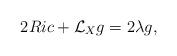
LaTeX: \begin{align*}{2Ric+\mathcal{L}_{X} g=2\lambda g,}\end{align*}